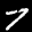
Label: 7